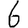
Digit: 6